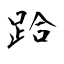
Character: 跲